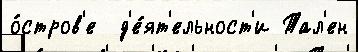
о́стров'е  д'е́ят'ельност'и Тал'ен